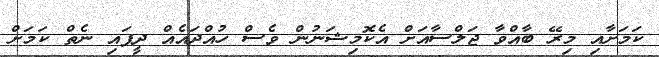
ކަމަށާއި މިރޭ ބާއްވާ ޖަލްސާއަށް އެކޮމިޝަނުން ވެސް ހުއްދައެއް ދީފައި ނެތް ކަމަށް